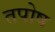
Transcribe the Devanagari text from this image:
तपोष